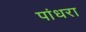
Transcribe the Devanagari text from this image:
पांधरा